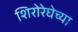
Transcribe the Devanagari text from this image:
शिरोरेघेच्या